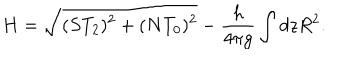
H = \sqrt { ( S T _ { 2 } ) ^ { 2 } + ( N T _ { 0 } ) ^ { 2 } } - \frac { h } { 4 \pi g } \int d z R ^ { 2 } .